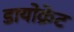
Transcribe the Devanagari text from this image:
डायोक्रेट